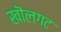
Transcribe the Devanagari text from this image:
खॊलगट